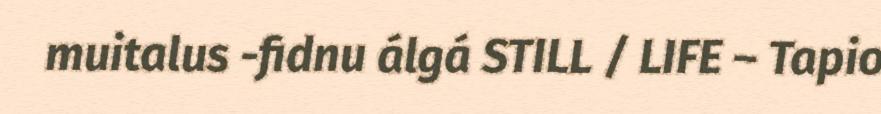
muitalus -fidnu álgá STILL / LIFE – Tapio